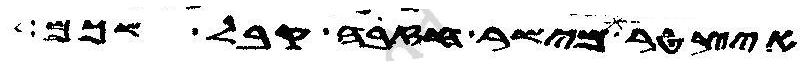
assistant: איצטר מישר חזבה קבל שכם